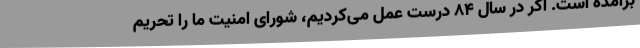
برآمده است. اگر در سال ۸۴ درست عمل می‌کردیم، شورای امنیت ما را تحریم